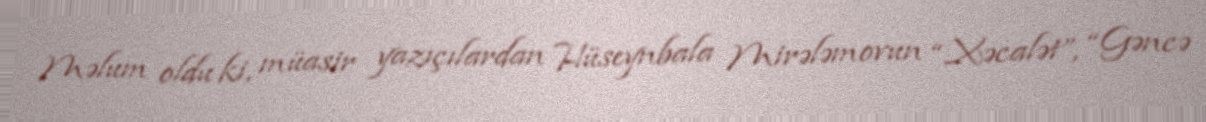
Məlum oldu ki, müasir yazıçılardan Hüseynbala Mirələmovun “Xəcalət”, “Gəncə